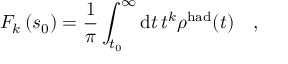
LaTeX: F _ { k } \left( s _ { 0 } \right) = \frac { 1 } { \pi } \int _ { t _ { 0 } } ^ { \infty } \mathrm { d } t \, t ^ { k } \rho ^ { \mathrm { h a d } } ( t ) \quad ,